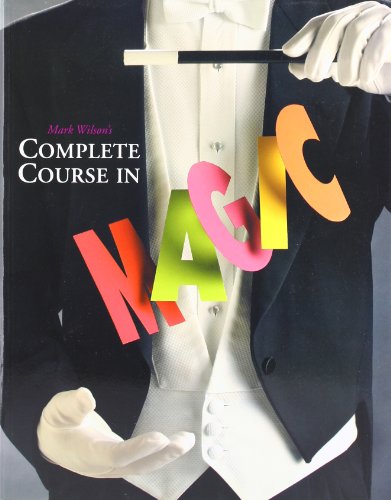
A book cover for Mark Wilson's Complete Course in Magic; Mark Anthony Wilson; Humor & Entertainment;